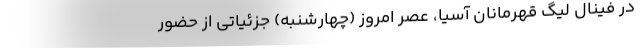
در فینال لیگ قهرمانان آسیا، عصر امروز (چهارشنبه) جزئیاتی از حضور